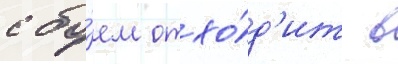
с бо́ем отхо́д'ит в